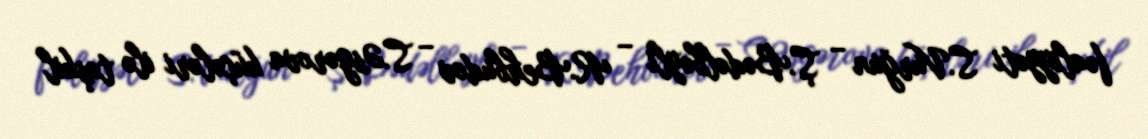
fəaliyyəti S.Vurğun – Ş.Bədəlbəyli – R.Behbudov – S.Əsgərova küçələri ilə təşkil